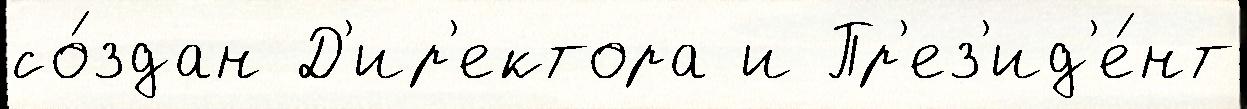
со́здан Д'ир'ектора и Пр'ез'ид'е́нт